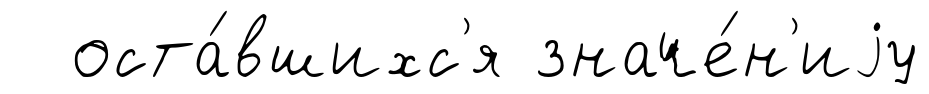
оста́вшихс'я значе́н'иjу